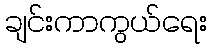
ချင်းကာကွယ်ရေး